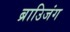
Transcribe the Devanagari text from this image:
ब्राउिजंग